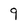
Character: 9